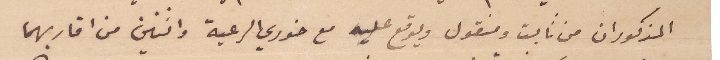
المذكوران من ثابت ومنقول ويوقع عليه مع خوري الرعية واثنين من اقاربهما